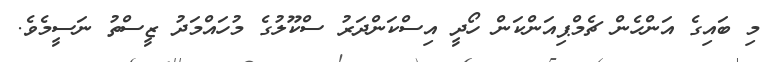
މި ބައިގެ އަންހެން ޗެމްޕިއަންކަން ހޯދީ އިސްކަންދަރު ސްކޫލުގެ މުހައްމަދު ޒީސްތު ނަސީމެވެ.